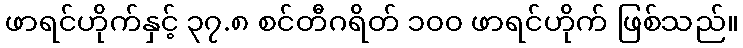
ဖာရင်ဟိုက်နှင့် ၃၇.၈ စင်တီဂရိတ် ၁၀၀ ဖာရင်ဟိုက် ဖြစ်သည်။